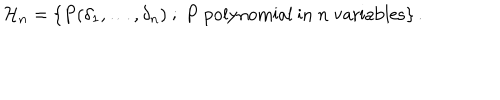
{ \cal H } _ { n } = \{ P ( \delta _ { 1 } , \ldots , \delta _ { n } ) \ ; \ P \ \mathrm { p o l y n o m i a l ~ i n } \ n \ \mathrm { v a r i a b l e s } \} \, .